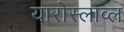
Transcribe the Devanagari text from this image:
यारोस्लाव्ल